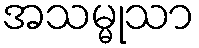
အသမ္မုသာ